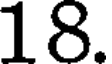
18.